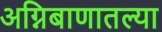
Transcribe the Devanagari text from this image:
अग्निबाणातल्या